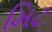
મિટ